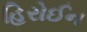
હિરોઈન